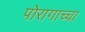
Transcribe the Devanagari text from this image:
पोरागाच्चा